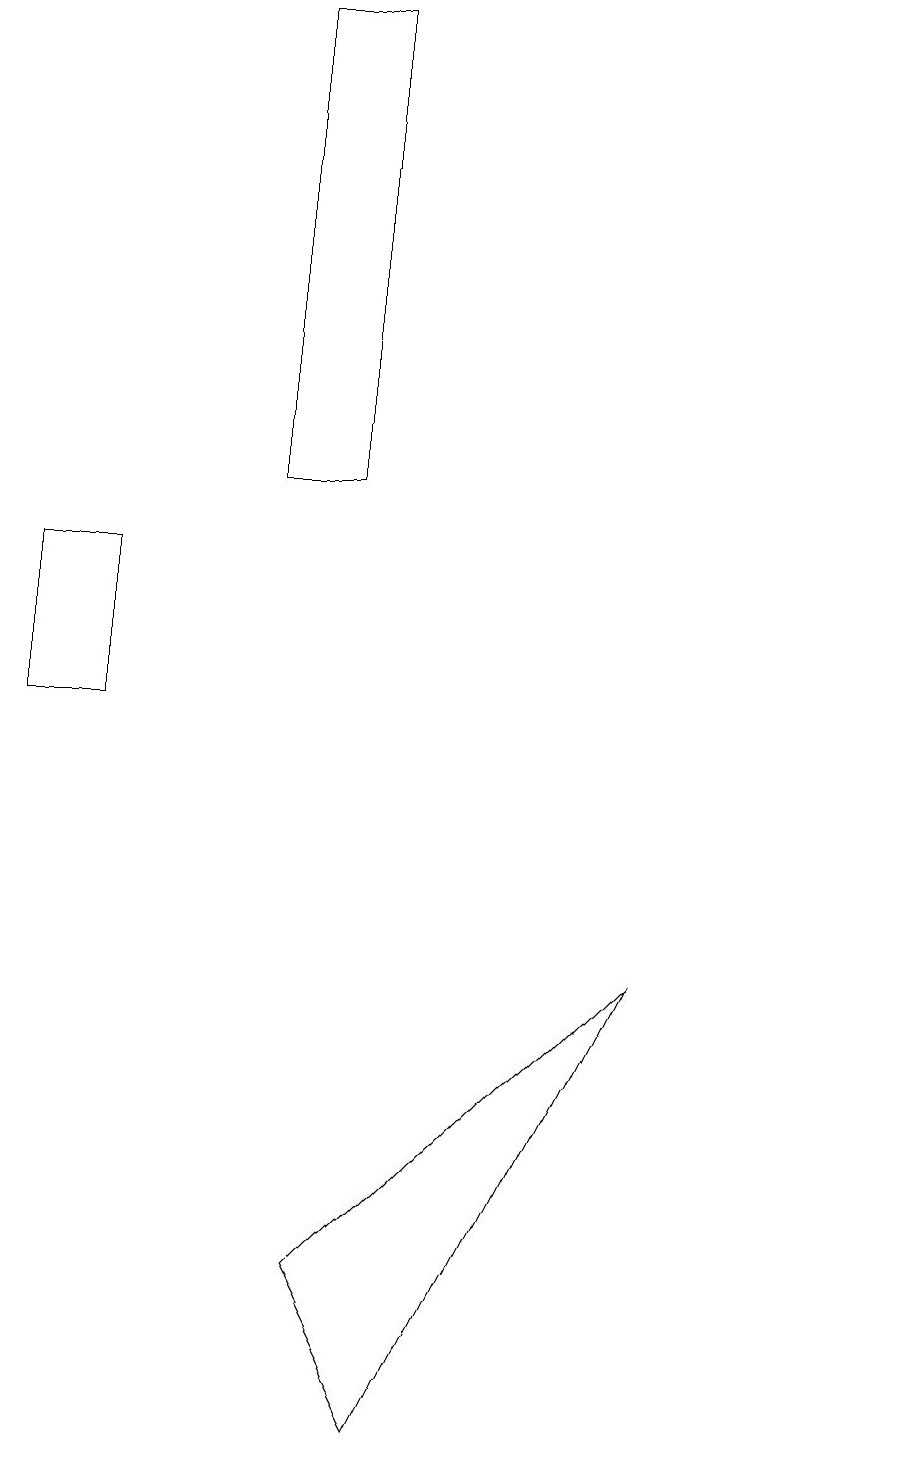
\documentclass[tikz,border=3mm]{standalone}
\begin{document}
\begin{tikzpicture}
\draw (4,19) rectangle (3,13);
\draw (0,12) rectangle (1,10);
\draw (4,3) -- (5,1) -- (8,7) -- cycle;
\draw (11,11) circle (0);
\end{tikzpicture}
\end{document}